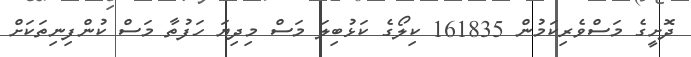
ދޮށީގެ މަސްވެރިކަމުން 161835 ކިލޯގެ ކަޅުބިލަ މަސް މިދިޔަ ހަފުތާ މަސް ކުންފިނިތަކަށް